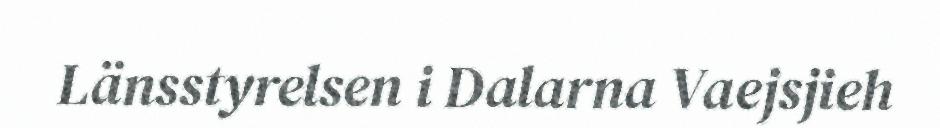
Länsstyrelsen i Dalarna Vaejsjieh